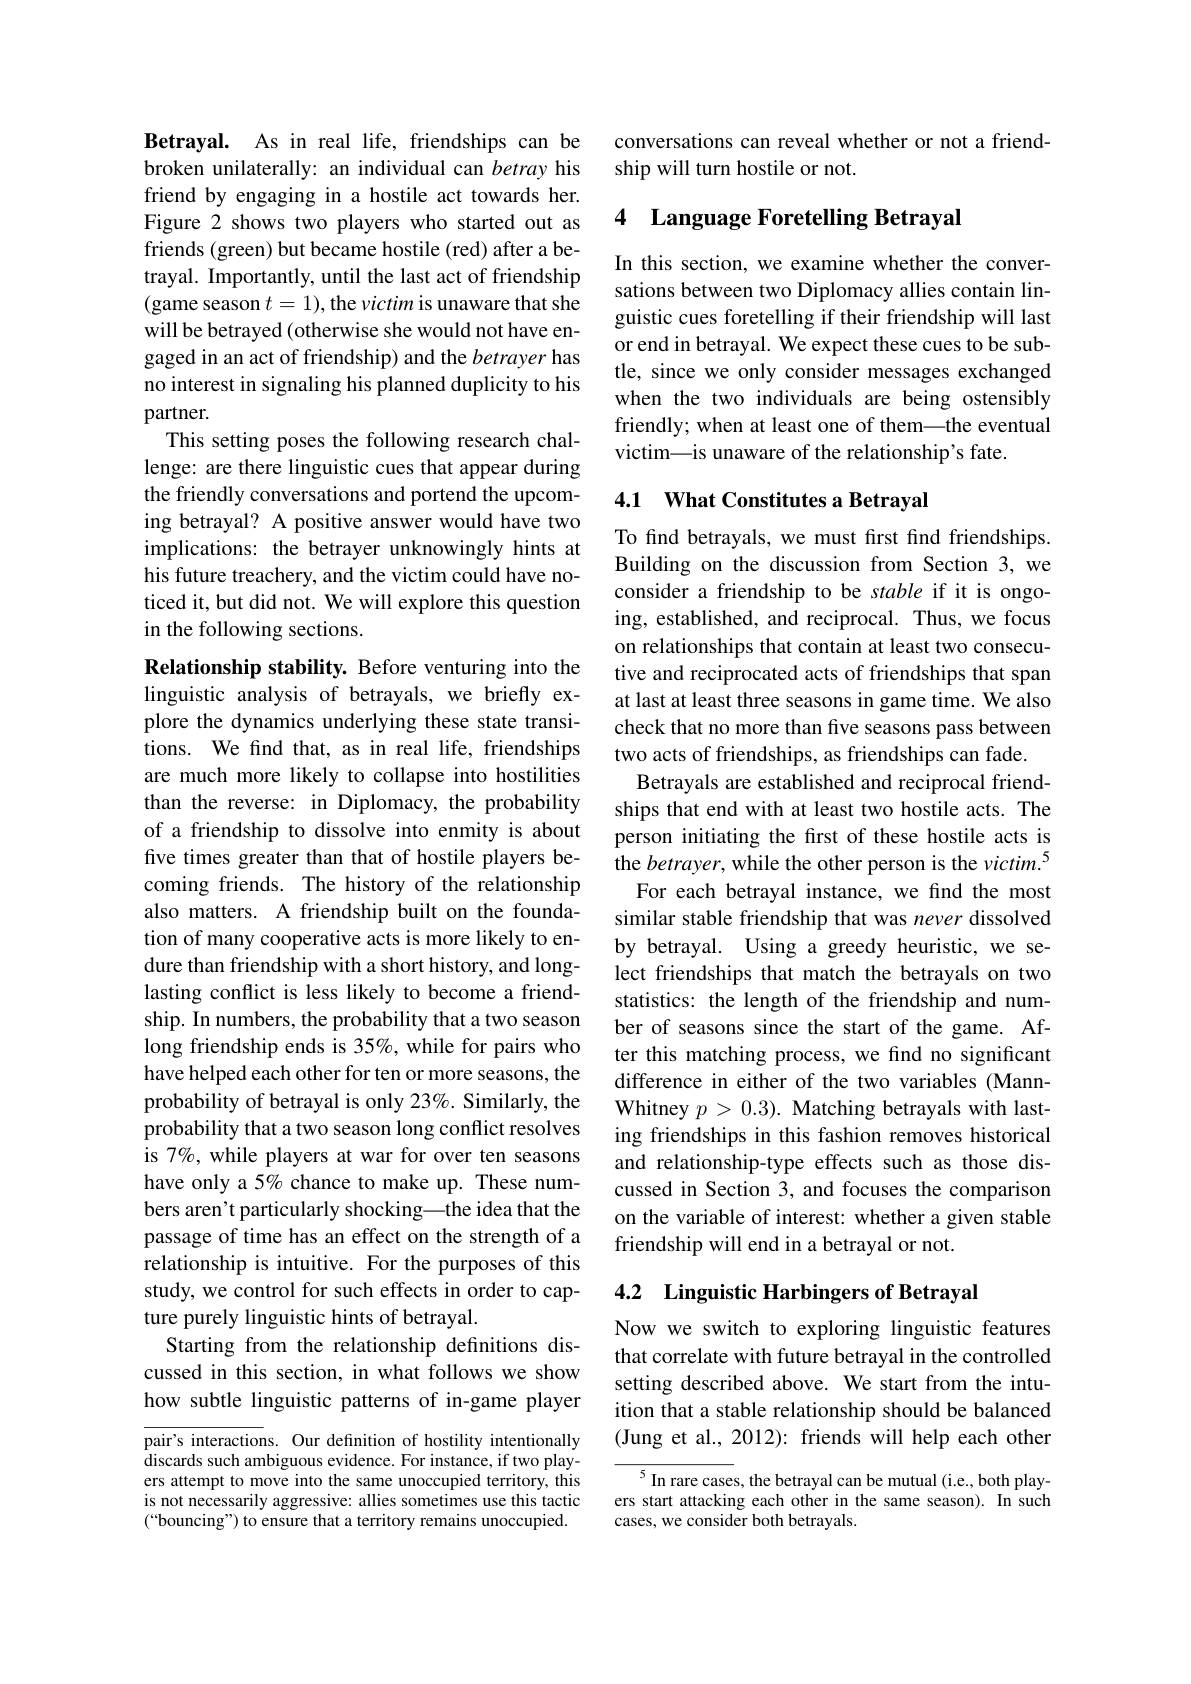
Betrayal. As in real life, friendships can be broken unilaterally: an individual can betray his friend by engaging in a hostile act towards her. Figure 2 shows two players who started out as friends (green) but became hostile (red) after a betrayal. Importantly, until the last act of friendship (game season $t=1)$, the victim is unaware that she will be betrayed (otherwise she would not have engaged in an act of friendship) and the betrayer has no interest in signaling his planned duplicity to his partner.
This setting poses the following research challenge: are there linguistic cues that appear during the friendly conversations and portend the upcoming betrayal? A positive answer would have two implications: the betrayer unknowingly hints at his future treachery, and the victim could have noticed it, but did not. We will explore this question in the following sections.
Relationship stability. Before venturing into the

linguistic analysis of betrayals, we briefly explore the dynamics underlying these state transitions. We find that, as in real life, friendships are much more likely to collapse into hostilities than the reverse: in Diplomacy, the probability of a friendship to dissolve into enmity is about five times greater than that of hostile players becoming friends. The history of the relationship also matters. A friendship built on the foundation of many cooperative acts is more likely to endure than friendship with a short history, and longlasting conflict is less likely to become a friendship. In numbers, the probability that a two season long friendship ends is 35%, while for pairs who have helped each other for ten or more seasons, the probability of betrayal is only 23%. Similarly, the probability that a two season long conflict resolves is 7%, while players at war for over ten seasons have only a 5% chance to make up. These numbers aren't particularly shocking—the idea that the passage of time has an effect on the strength of a relationship is intuitive. For the purposes of this study, we control for such effects in order to capture purely linguistic hints of betrayal.
Starting from the relationship definitions discussed in this section, in what follows we show how subtle linguistic patterns of in-game player pair's interactions. Our definition of hostility intentionally

discards such ambiguous evidence. For instance, if two play- ers attempt to move into the same unoccupied territory, this is not necessarily aggressive: allies sometimes use this tactic (“bouncing”) to ensure that a territory remains unoccupied.

conversations can reveal whether or not a friend-
ship will turn hostile or not.

## 4 Language Foretelling Betrayal

In this section, we examine whether the conversations between two Diplomacy allies contain linguistic cues foretelling if their friendship will last or end in betrayal. We expect these cues to be subtle, since we only consider messages exchanged when the two individuals are being ostensibly friendly; when at least one of them—the eventual victim—is unaware of the relationship's fate.

## 4.1 What Constitutes a Betrayal

To find betrayals, we must first find friendships. Building on the discussion from Section 3, we consider a friendship to be stable if it is ongoing, established, and reciprocal. Thus, we focus on relationships that contain at least two consecutive and reciprocated acts of friendships that span at last at least three seasons in game time. We also check that no more than five seasons pass between two acts of friendships, as friendships can fade.
Betrayals are established and reciprocal friendships that end with at least two hostile acts. The person initiating the first of these hostile acts is the betrayer, while the other person is the $victim.^{5}$
For each betrayal instance, we find the most similar stable friendship that was never dissolved by betrayal. Using a greedy heuristic, we select friendships that match the betrayals on two statistics: the length of the friendship and number of seasons since the start of the game. After this matching process, we find no significant difference in either of the two variables (MannWhitney $p>0.3).$ Matching betrayals with lasting friendships in this fashion removes historical and relationship-type effects such as those discussed in Section 3, and focuses the comparison on the variable of interest: whether a given stable friendship will end in a betrayal or not.

## 4.2 Linguistic Harbingers of Betrayal

Now we switch to exploring linguistic features that correlate with future betrayal in the controlled setting described above. We start from the intuition that a stable relationship should be balanced (Jung et al., 2012): friends will help each other

${\frac{5}{\text{In rare case}}}$s, the betrayal can be mutual (i.e., both playatort ottoolcing ocob othor in tho comoon) In cuob ers start attacking each other in the same season). In such cases, we consider both betrayals.